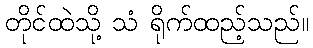
တိုင်ထဲသို့ သံ ရိုက်ထည့်သည်။